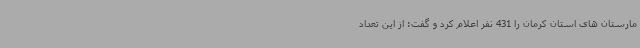
مارستان های استان کرمان را 431 نفر اعلام کرد و گفت: از این تعداد